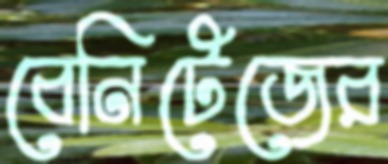
বেনিটেজের